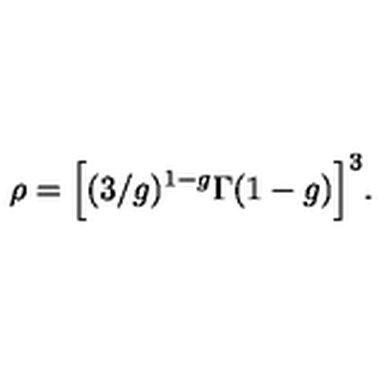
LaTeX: \rho = \Big [ ( 3 / g ) ^ { 1 - g } \Gamma ( 1 - g ) \Big ] ^ { 3 } .